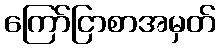
ကြော်ငြာစာအမှတ်